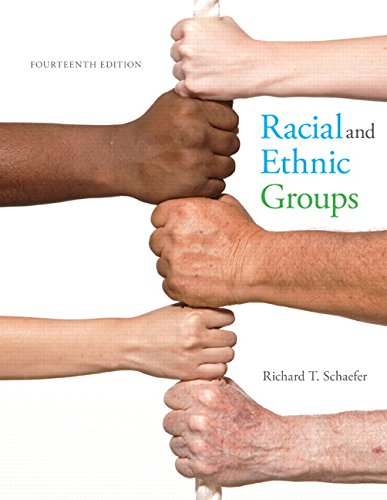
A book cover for Racial and Ethnic Groups (14th Edition); Richard T. Schaefer; Politics & Social Sciences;